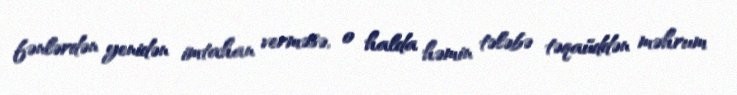
fənlərdən yenidən imtahan verməsə, o halda həmin tələbə təqaüddən məhrum